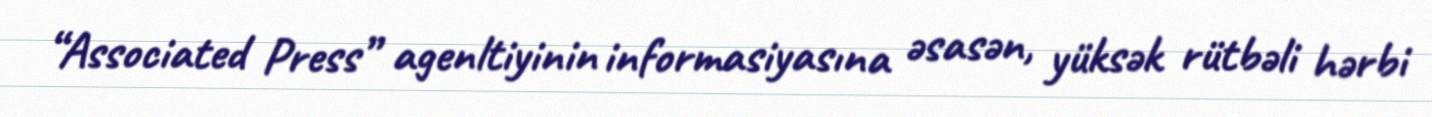
“Associated Press” agenltiyinin informasiyasına əsasən, yüksək rütbəli hərbi